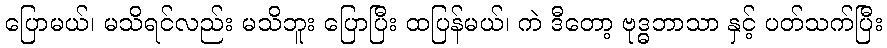
ပြောမယ်၊ မသိရင်လည်း မသိဘူး ပြောပြီး ထပြန်မယ်၊ ကဲ ဒီတော့ ဗုဒ္ဓဘာသာ နှင့် ပတ်သက်ပြီး